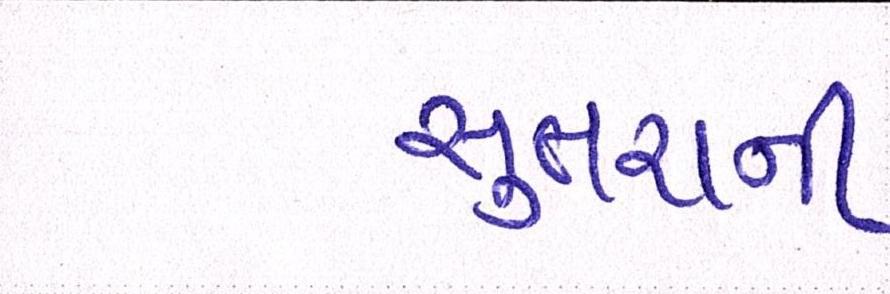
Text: સુતરાની